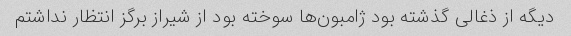
دیگه از ذغالی گذشته بود ژامبون‌ها سوخته بود از شیراز برگز انتظار نداشتم